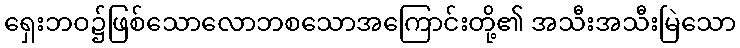
ရှေးဘဝ၌ဖြစ်သောလောဘစသောအကြောင်းတို့၏ အသီးအသီးမြဲသော